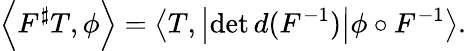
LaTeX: \left\langle F^{\sharp}T,\phi\right\rangle=\left\langle T,\left|\operatorname*{det}d(F^{-1})\right|\phi\circ F^{-1}\right\rangle.